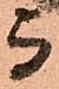
与